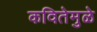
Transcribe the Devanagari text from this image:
कवितेमुळे